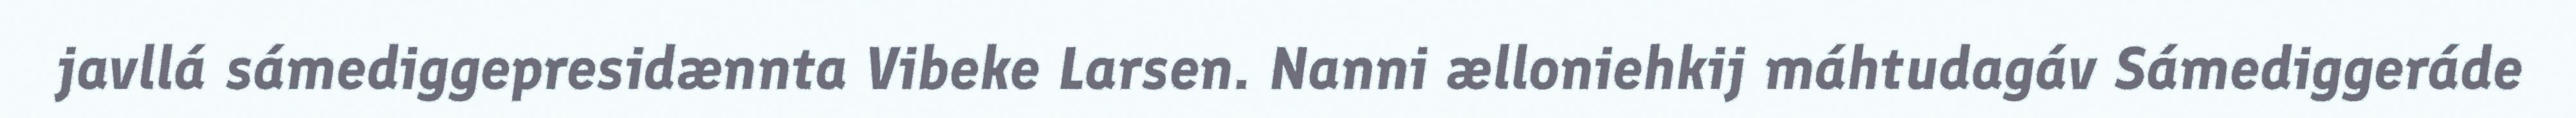
javllá sámediggepresidænnta Vibeke Larsen. Nanni ælloniehkij máhtudagáv Sámediggeráde